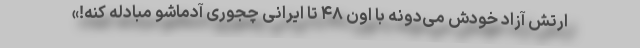
ارتش آزاد خودش می‌دونه با اون ۴۸ تا ایرانی چجوری آدماشو مبادله کنه!»